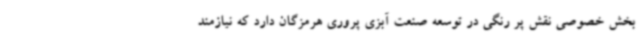
بخش خصوصی نقش پر رنگی در توسعه صنعت آبزی پروری هرمزگان دارد که نیازمند